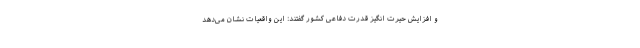
و افزایش حیرت انگیز قدرت دفاعی کشور گفتند: این واقعیات نشان می‌دهد